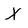
Character: X